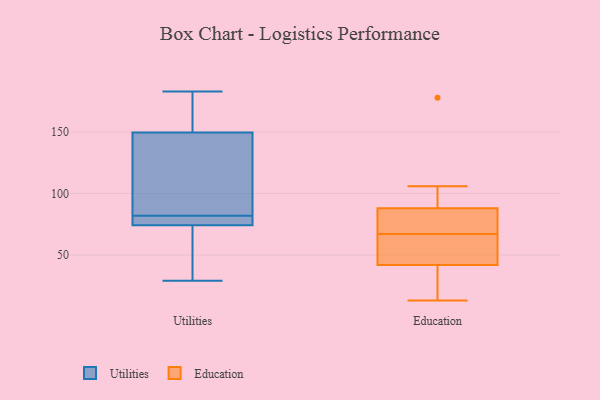
{"axis": {"x": "LTV (USD)", "y": "Value"}, "legend": ["Education", "Utilities"], "data": [{"x": "", "y": 65, "type": "Utilities"}, {"x": "", "y": 143, "type": "Utilities"}, {"x": "", "y": 183, "type": "Utilities"}, {"x": "", "y": 150, "type": "Utilities"}, {"x": "", "y": 82, "type": "Utilities"}, {"x": "", "y": 179, "type": "Utilities"}, {"x": "", "y": 74, "type": "Utilities"}, {"x": "", "y": 149, "type": "Utilities"}, {"x": "", "y": 79, "type": "Utilities"}, {"x": "", "y": 75, "type": "Utilities"}, {"x": "", "y": 29, "type": "Utilities"}, {"x": "", "y": 44, "type": "Education"}, {"x": "", "y": 55, "type": "Education"}, {"x": "", "y": 44, "type": "Education"}, {"x": "", "y": 178, "type": "Education"}, {"x": "", "y": 35, "type": "Education"}, {"x": "", "y": 30, "type": "Education"}, {"x": "", "y": 13, "type": "Education"}, {"x": "", "y": 97, "type": "Education"}, {"x": "", "y": 72, "type": "Education"}, {"x": "", "y": 85, "type": "Education"}, {"x": "", "y": 106, "type": "Education"}, {"x": "", "y": 75, "type": "Education"}, {"x": "", "y": 67, "type": "Education"}]}